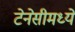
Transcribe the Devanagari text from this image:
टेनेसीमध्ये